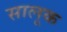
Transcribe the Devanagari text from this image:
सालूक